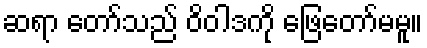
ဆရာ တော်သည် ဝိဝါဒကို ဖြေတော်မမူ။